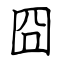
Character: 囧